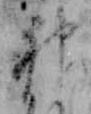
神